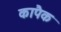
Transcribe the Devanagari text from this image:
कापैक